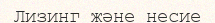
Лизинг және несие